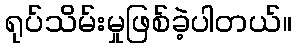
ရုပ်သိမ်းမှုဖြစ်ခဲ့ပါတယ်။